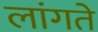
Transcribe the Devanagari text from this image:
लांगते